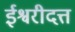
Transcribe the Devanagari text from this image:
ईश्वरीदत्त